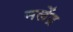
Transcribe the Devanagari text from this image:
नलेंद्र